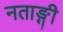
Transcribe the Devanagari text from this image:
नताङ्गी